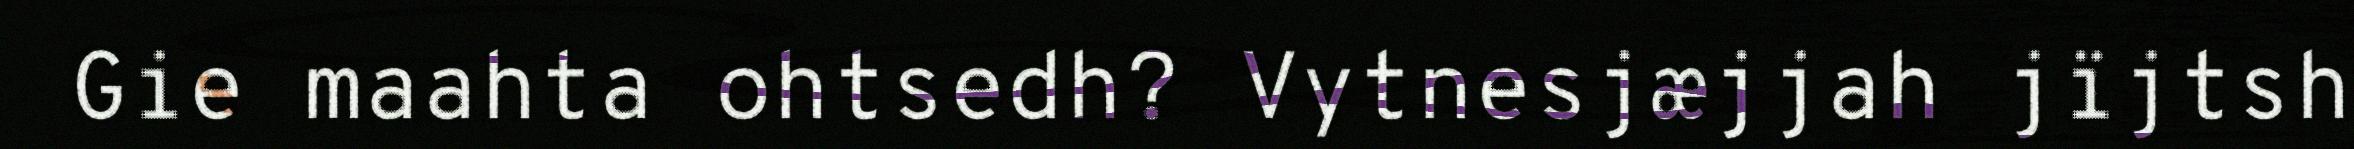
Gie maahta ohtsedh? Vytnesjæjjah jïjtsh